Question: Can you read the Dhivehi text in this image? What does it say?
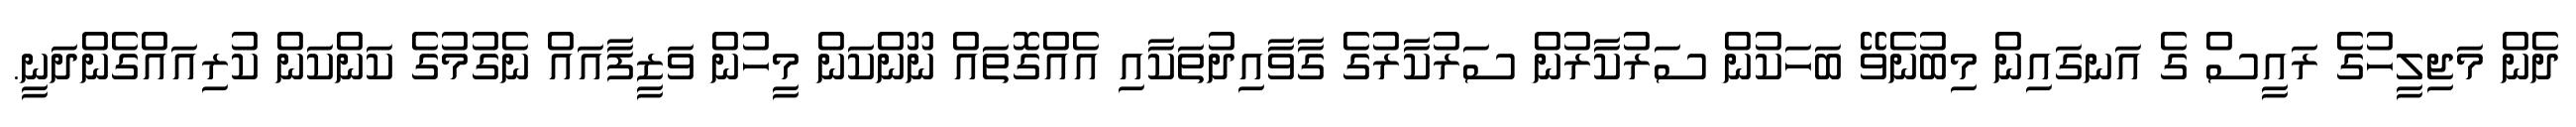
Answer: ދެން މަޖިލީހުގެ ރައީސް ގެ އަނގައިން މިބުނެވޭ ބަހަކުން ސަރުކާރުން ސަރުކާރުގެ ގާވާއިދުތަކާއި އެއްގޮތައް ނޫންކަން މީހުން ވަޒީފާއައް ނެގުމުގެ ކަންކަން ކުރިއައްގެންދަނީ.